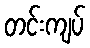
တင်းကျပ်